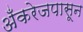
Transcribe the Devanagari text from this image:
अँकरेजपासून